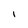
Character: I